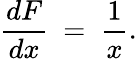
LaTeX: {\frac{dF}{dx}}\ =\ {\frac{1}{x}}.